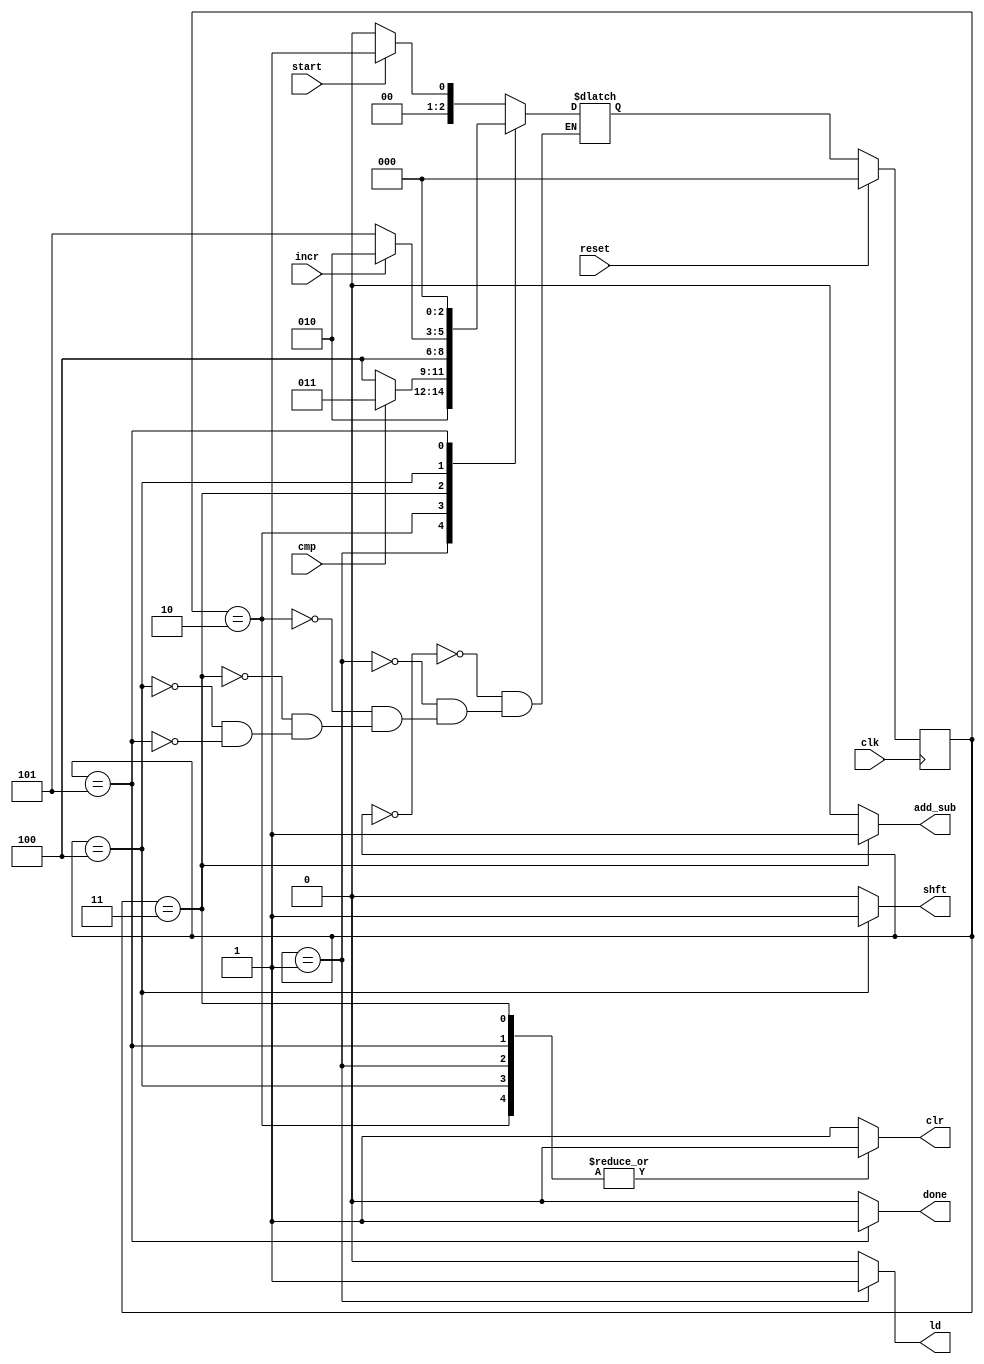
module cntrl(
	input clk,
	input reset,
	input  cmp,
	input incr,
	input start,
	output reg done,
	output reg ld,
	output reg clr,
	output reg shft,
	output reg add_sub
);

parameter START= 3'b000,LOAD=3'b001,CMP=3'b010,ADD_SUB=3'b011,SHIFT=3'b100, DONE=3'b101;

reg [2:0] state, next_state;



////////////////////////////////////////////////////////
always@(posedge clk)
begin
	if(reset)  state= START;
	else       state= next_state;
end
////////////next state allocation///////////////

always@(*)
begin
  case(state)
	START:
       	begin 
	if(start)   next_state= LOAD;  
	else        next_state= START; 
	end

	LOAD: 
	begin
	                   next_state= CMP;
        end

	CMP:
	begin
	       if(cmp)     next_state= ADD_SUB;
	       else        next_state= SHIFT;
        end

	ADD_SUB:
	begin
	         	   next_state= SHIFT;
	end

        SHIFT:
	begin
		if(incr)   next_state=CMP;
		else       next_state=DONE;
	end

	DONE:
       	begin
                           next_state= START;
        end	       
	
//	default:           next_state= START;

  endcase

end

///////////////////present state signal outputs/////////////////////////
always@(state)
begin
  case(state)
    START:
    begin
        clr =1; ld=0;done=0;add_sub=0;shft=0;

    end

    LOAD:
    begin
        ld=1; clr=0;done=0;add_sub=0;shft=0;

    end

    CMP:
    begin
	 ld=0;clr=0;done=0;add_sub=0;shft=0;
    end

    ADD_SUB:
    begin
	 ld=0; clr=0; done=0;add_sub=1;shft=0;

    end
    SHIFT:
    begin
	    ld=0;clr=0;done=0; shft=1;add_sub=0;
    end

    DONE:
    begin
	    done=1;ld=0;clr=0;add_sub=0;shft=0;

    end

    default:
    begin
	     clr =1; ld=0;done=0;add_sub=0;shft=0;

    end
  endcase

end


endmodule